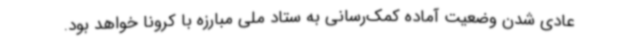
عادی شدن وضعیت آماده کمک‌رسانی به ستاد ملی مبارزه با کرونا خواهد بود.